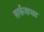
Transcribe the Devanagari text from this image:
सर्कसचा